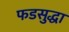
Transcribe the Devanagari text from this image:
फडसुद्धा